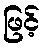
ဖြင့်